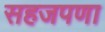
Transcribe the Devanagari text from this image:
सहजपणा